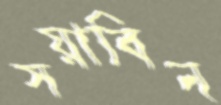
সয়াবিন